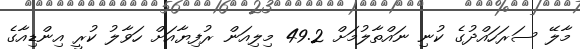
މާލޭ ސަރަހައްދުގެ ކުނި ނައްތާލުމަށް 49.2 މިލިއަން ރުފިޔާއަށް ހަވާލު ކުރީ އިންޑިއާގެ